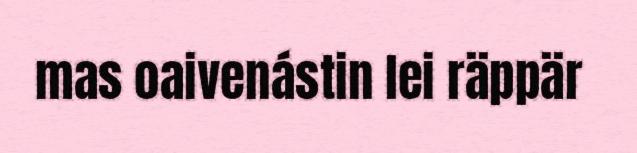
mas oaivenástin lei räppär